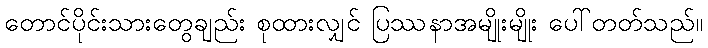
တောင်ပိုင်းသားတွေချည်း စုထားလျှင် ပြဿနာအမျိုးမျိုး ပေါ်တတ်သည်။